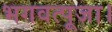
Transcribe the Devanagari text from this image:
भगवत्पूजा।